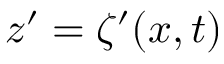
z ^ { \prime } = \zeta ^ { \prime } ( x , t )